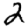
Digit: 2